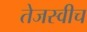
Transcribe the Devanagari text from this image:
तेजस्वीच